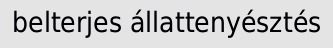
belterjes állattenyésztés